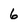
Character: 6